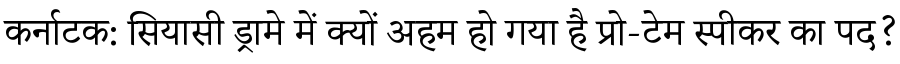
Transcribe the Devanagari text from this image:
कर्नाटक: सियासी ड्रामे में क्यों अहम हो गया है प्रो-टेम स्पीकर का पद?